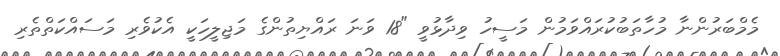
މެމްބަރުންނާ މުހާތަބުކުރައްވަމުން މަސީހު ވިދާޅުވީ "18 ވަނަ ރައްޔިތުންގެ މަޖިލީހަކީ އެކުވެރި މަސައްކަތްތެރި